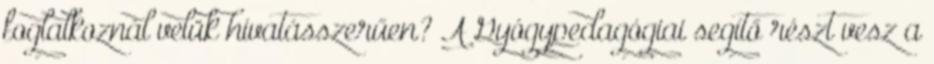
foglalkoznál velük hivatásszerűen? A Gyógypedagógiai segítő részt vesz a